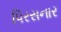
પિરસનાર